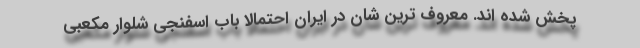
پخش شده اند. معروف ترین شان در ایران احتمالا باب اسفنجی شلوار مکعبی